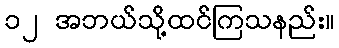
၁၂ အဘယ်သို့ထင်ကြသနည်း။